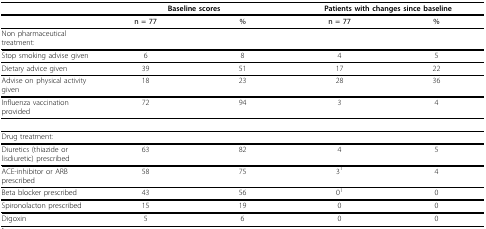
|  | <COLSPAN=2> Baseline scores | <COLSPAN=2> Patients with changes since baseline |
 | --- | --- | --- | --- | --- |
 |  | n = 77 | % | n = 77 | % |
 | Non pharmaceutical treatment: |  |  |  |  |
 | Stop smoking advise given | 6 | 8 | 4 | 5 |
 | Dietary advice given | 39 | 51 | 17 | 22 |
 | Advise on physical activity given | 18 | 23 | 28 | 36 |
 | Influenza vaccination provided | 72 | 94 | 3 | 4 |
 | Drug treatment: |  |  |  |  |
 | Diuretics (thiazide or lisdiuretic) prescribed | 63 | 82 | 4 | 5 |
 | ACE-inhibitor or ARB prescribed | 58 | 75 | 31 | 4 |
 | Beta blocker prescribed | 43 | 56 | 01 | 0 |
 | Spironolacton prescribed | 15 | 19 | 0 | 0 |
 | Digoxin | 5 | 6 | 0 | 0 |